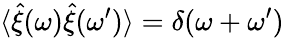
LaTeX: \langle\hat{\xi}(\omega)\hat{\xi}(\omega^{\prime})\rangle=\delta(\omega+\omega^{\prime})